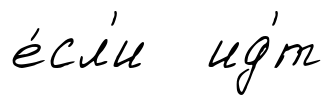
е́сл'и ид'́т